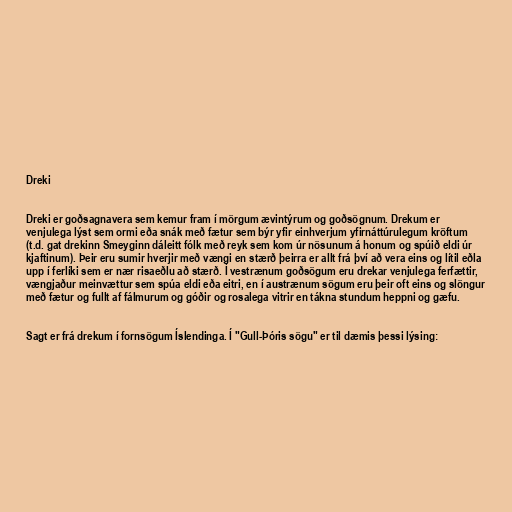
Dreki

Dreki er goðsagnavera sem kemur fram í mörgum ævintýrum og goðsögnum. Drekum er
venjulega lýst sem ormi eða snák með fætur sem býr yfir einhverjum yfirnáttúrulegum kröftum
(t.d. gat drekinn Smeyginn dáleitt fólk með reyk sem kom úr nösunum á honum og spúið eldi úr
kjaftinum). Þeir eru sumir hverjir með vængi en stærð þeirra er allt frá því að vera eins og lítil eðla
upp í ferlíki sem er nær risaeðlu að stærð. Í vestrænum goðsögum eru drekar venjulega ferfættir,
vængjaður meinvættur sem spúa eldi eða eitri, en í austrænum sögum eru þeir oft eins og slöngur
með fætur og fullt af fálmurum og góðir og rosalega vitrir en tákna stundum heppni og gæfu.

Sagt er frá drekum í fornsögum Íslendinga. Í "Gull-Þóris sögu" er til dæmis þessi lýsing: